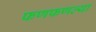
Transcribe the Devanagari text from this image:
फणफणल्या